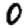
Digit: 0